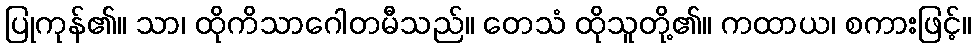
ပြုကုန်၏။ သာ၊ ထိုကိသာဂေါတမီသည်။ တေသံ ထိုသူတို့၏။ ကထာယ၊ စကားဖြင့်။